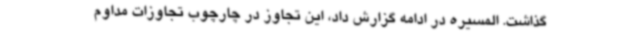
گذاشت. المسیره در ادامه گزارش داد، این تجاوز در چارچوب تجاوزات مداوم